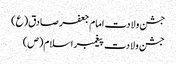
جشن ولادت امام جعفر صادق(ع)
جشن ولادت پیغمبر اسلام(ص)